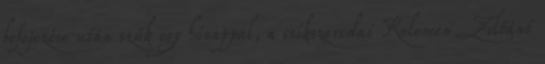
befejezése után szűk egy hónappal, a csíkszeredai Kelemen Zoltánt